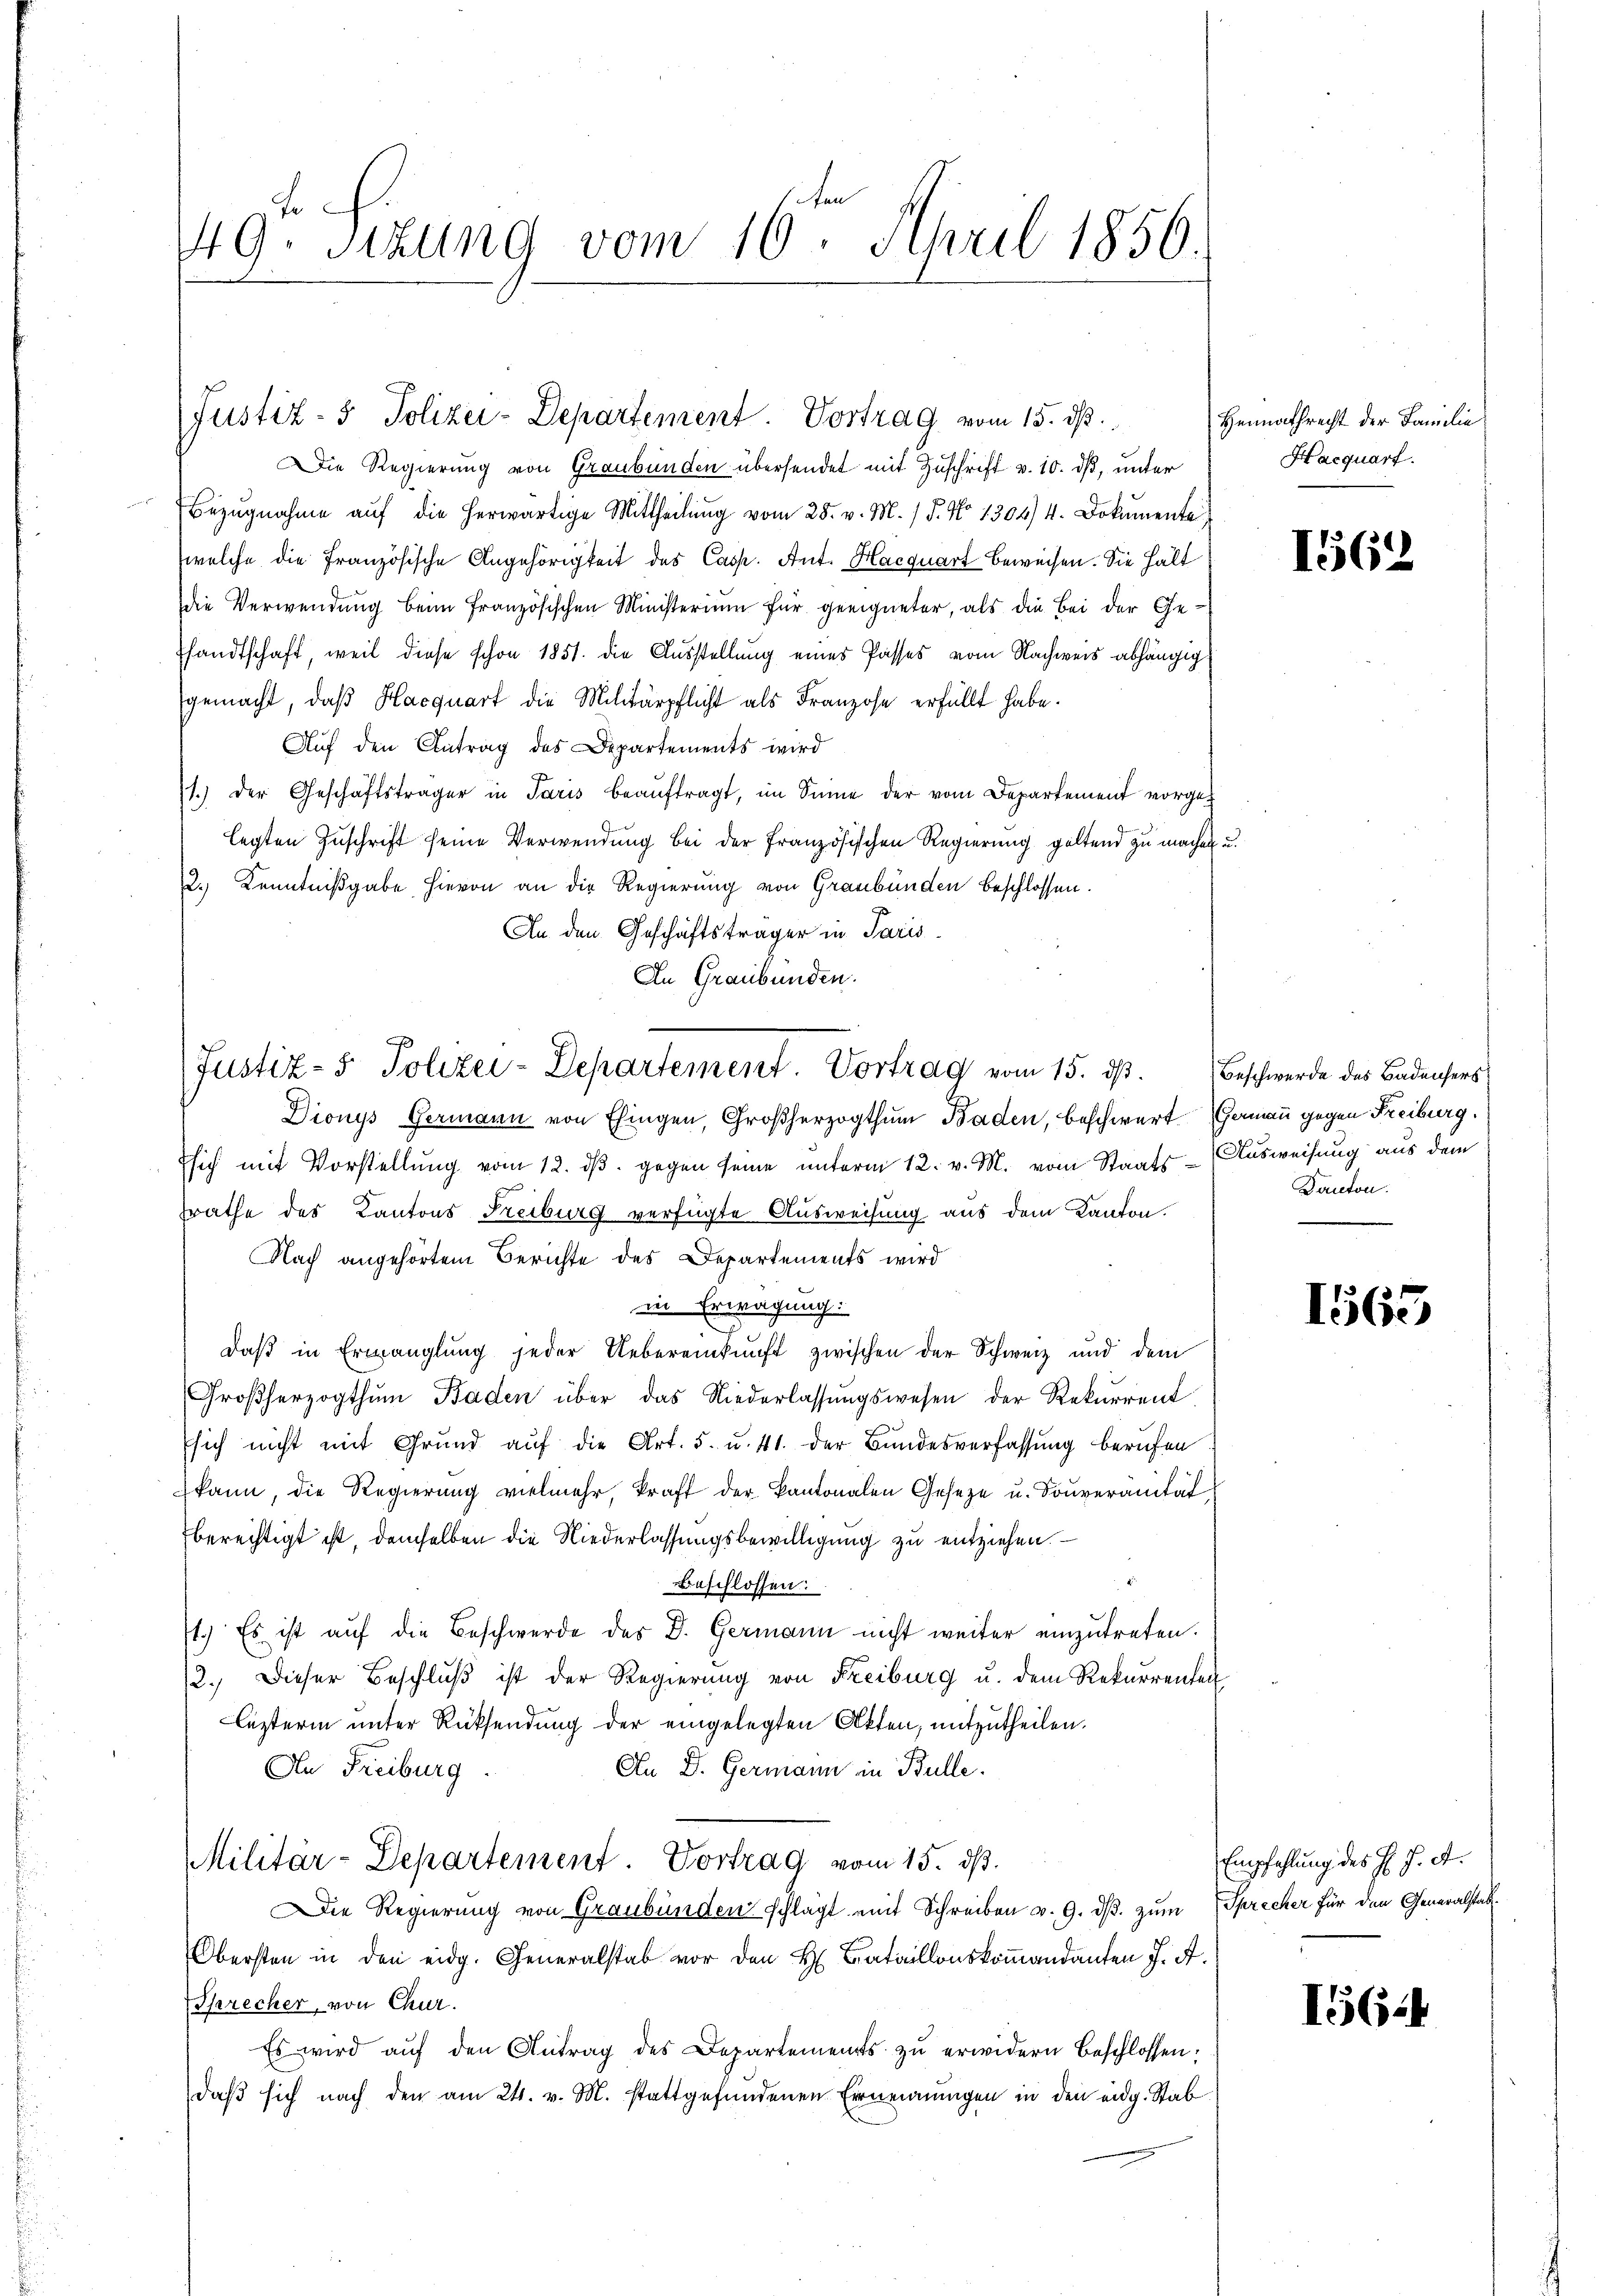
49. Sizung vom 16ten April 1856.

Die Regierung von Graubünden übersendet mit Zuschrift v. 10. dß, unter
Bezŭgnahme aŭf die herwärtige Mittheilŭng vom 28. v. M. / 5. No 1304/4. Dokumente
welche die Französische Angehörigkeit des Casp. Ant. Hacquart beweisen. Sie hält
die Verwendung beim französischen Ministerium für geeigneter, als die Bei der Ge-
Pfandtschaft, weil diese schon 1851. die Ausstellung eines Passes vom Nachweis abhängig
gemacht, daß Hasquart die Militärpflicht als Franzose erfüllt habe.
Auf den Antrag des Departements wird
1.) Der Geschäftsträger in Paris beaŭftragt, im Sinne der vom Departement vorgelegten Zuschrift seine Verwendung bei der Französischen Regierung geltend zu machen u.
2.) Kenntnißgabe hievon an die Regierung von Graubünden beschlossen.
An den Geschäftsträger in Paris
An Graubünden.
Dionys Germann von Eingen, Großherzogthum Baden, beschwert Germann gegen Freiburg,
sich mit Vorstellung vom 12. dβ. gegen seine unterm 12. v. M. vom Staats-Ausweisung aus dem
srathe des Kantons Freiburg verfügte Ausweisung aus dem Kanton.
Nach angehörtem Berichte des Departements wird
in Erwägung:
daß in Ermanglung jeder Uebereinkunft zwischen der Schweiz und dem
Großherzogthum Baden über das Niederlassŭngswesen der Rekurrent
Esich nicht mit Grund aŭf die Art. 5. u. 41. der Bundesverfassŭng berufen
kann, die Regierung vielmehr, kraft der Kantonalen Geseze u. Souveranität
berechtigt ist, demselben die Niederlassungsbewilligung zu entziehen.
Beschlossen:
71.) Es ist auf die Beschwerde des D. Germann nicht weiter einzutreten.
12. Dieser Beschluß ist der Regierung von Freiburg u. dem Rekurrenten
lezterm unter Rücksendung der eingelegten Akten, mitzutheilen.
An Freiburg.
An D. Germann in Bulle.
Militär-Departement. Vortrag vom 15. dß.
Die Regierung von Graubünden schlägt mit Schreiben v. 9. dβ zŭm Sprecher für den Generalstab
Obersten in den eidg. Generalstab vor den H. Bataillonskommandanten J. A.
Sprecher, von Chur.
Es wird aŭf den Antrag des Departements zŭ erwidern beschlossen:
daβ sich nach den am 24. v. M. stattgefundenen Ernennungen in den eidg. Stab

Justiz- & Polizei-Departement. Vortrag vom 15. ds.

Justiz- & Polizei-Departement. Vortrag vom 15. dß. Beschwerde des Badensers

Heimathrecht der Familie
Haequart.

1562

Danton.

1565

Empfehlung des J. J. A.

I564